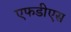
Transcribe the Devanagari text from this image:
एफडीएस